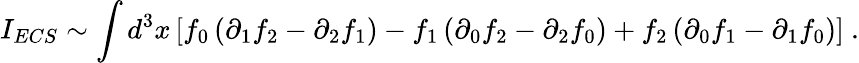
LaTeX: I_{ECS}\sim\int d^{3}x\left[f_{0}\left(\partial_{1}f_{2}-\partial_{2}f_{1}\right)-f_{1}\left(\partial_{0}f_{2}-\partial_{2}f_{0}\right)+f_{2}\left(\partial_{0}f_{1}-\partial_{1}f_{0}\right)\right]\ .